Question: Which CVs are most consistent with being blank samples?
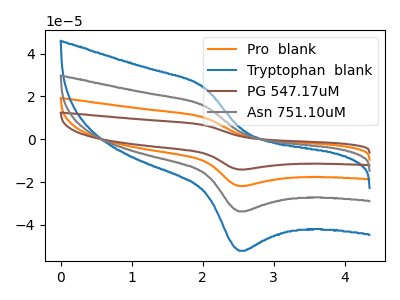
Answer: <think>The orange curve "Pro  blank" has an anodic peak at (2.05V, 31.25uA) and a cathodic peak at (2.50V, -67.45uA). The blue curve "Tryptophan  blank" has an anodic peak at (2.05V, 24.15uA) and a cathodic peak at (2.50V, -52.05uA). The brown curve "PG 547.17uM" has an anodic peak at (2.05V, 46.90uA) and a cathodic peak at (2.50V, -101.15uA). The gray curve "Asn 751.10uM" has an anodic peak at (2.05V, 15.65uA) and a cathodic peak at (2.50V, -33.70uA).</think>
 <answer>There are not any CV's on this graph that are likely to be blanks.</answer>
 <eval>none</eval>